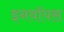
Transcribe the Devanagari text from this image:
इनवॉयस